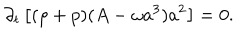
\partial _ { t } \left[ ( \rho + p ) ( A - \omega a ^ { 3 } ) a ^ { 2 } \right] = 0 .